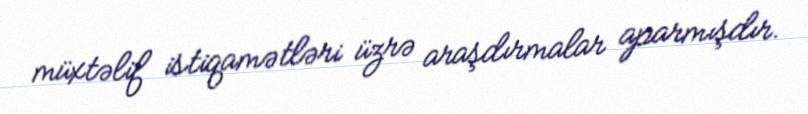
müxtəlif istiqamətləri üzrə araşdırmalar aparmışdır.